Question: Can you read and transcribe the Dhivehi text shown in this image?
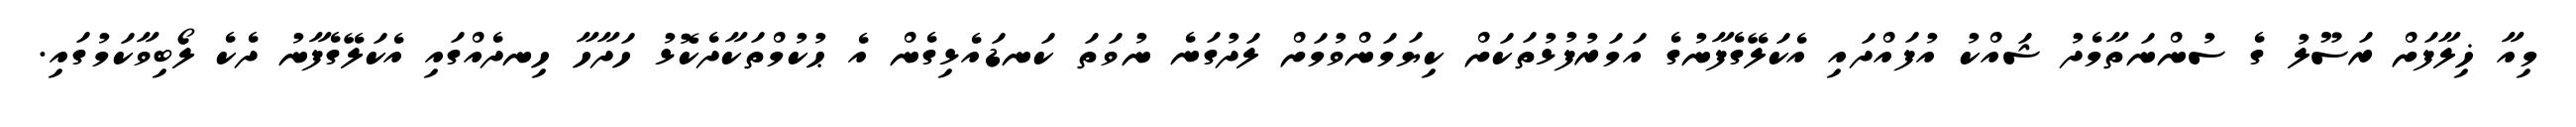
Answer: މިއާ ޚިލާފަށް ރަސޫލު ގެ ސުންނަތާމެދު ޝައްކު އުފައްދައި އެކަލޭގެފާނުގެ އަމަރުފުޅުތަކަށް ކިޔަމަންވުމަށް ލަދުގަނެ ނުވަތަ ކަނޑައެޅިގެން އެ ޙުކުމްތަކާދެކޮޅު ހަދާހާ ހިނދެއްގައި އެކަލޭގެފާނު ދެކެ ލޯބިވާކަމުގައި.